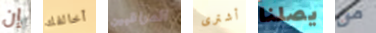
إن أخالفك المراقبين أشترى يصلنا من